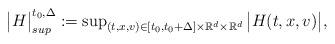
LaTeX: \begin{align*}\begin{array}{ll}{\big |}H{\big |}^{t_0,\Delta}_{sup}:=\sup_{(t,x,v)\in [t_0,t_0+\Delta] \times {\mathbb R}^d\times {\mathbb R}^d} {\big |}H(t,x,v) {\big |},\end{array}\end{align*}